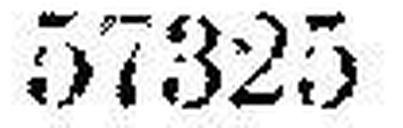
57325